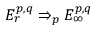
E _ { r } ^ { p , q } \Rightarrow _ { p } E _ { \infty } ^ { p , q }